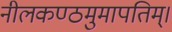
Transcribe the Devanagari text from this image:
नीलकण्ठमुमापतिम्।